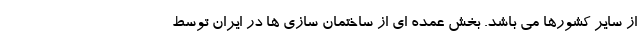
از سایر کشورها می باشد. بخش عمده ای از ساختمان سازی ها در ایران توسط